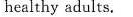
healthy adults.